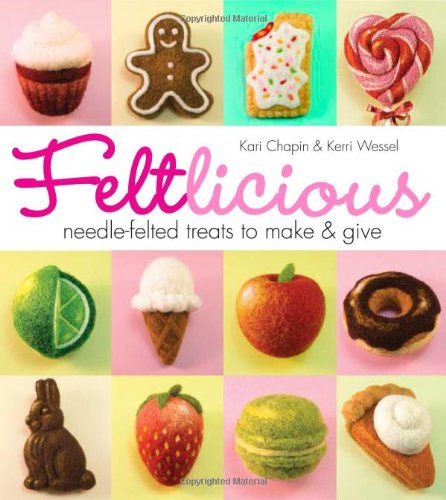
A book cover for Feltlicious: Needle-Felted Treats to Make & Give; Kari Chapin; Crafts, Hobbies & Home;